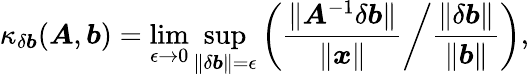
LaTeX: \kappa_{\delta\boldsymbol{b}}(\boldsymbol{A},\boldsymbol{b})=\operatorname*{lim}_{\epsilon\rightarrow 0}\operatorname*{sup}_{\Vert\delta\boldsymbol{b}\Vert=\epsilon}\left(\left.\frac{\Vert\boldsymbol{A}^{-1}\delta\boldsymbol{b}\Vert}{\Vert\boldsymbol{x}\Vert}\right/\frac{\Vert\delta\boldsymbol{b}\Vert}{\Vert\boldsymbol{b}\Vert}\right),